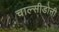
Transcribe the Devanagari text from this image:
चाल्सीडोनी